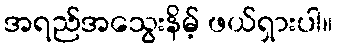
အရည်အသွေးနိမ့် ဖယ်ရှားပါ။